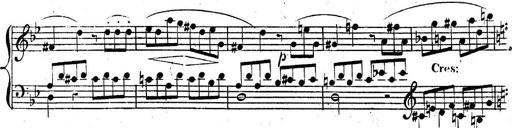
Title: Nouvelle Sonatine facile et agrÃ©able
Composer: Ignaz Moscheles
Key: G major